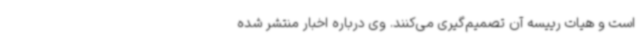
است و هیات رییسه آن تصمیم‌گیری می‌کنند. وی درباره اخبار منتشر شده